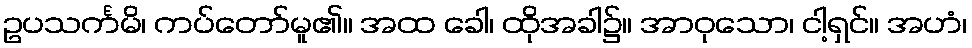
ဥပသင်္ကမိ၊ ကပ်တော်မူ၏။ အထ ခေါ၊ ထိုအခါ၌။ အာဝုသော၊ ငါ့ရှင်။ အဟံ၊